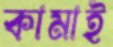
কামাই